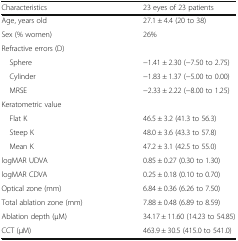
<table><thead><tr><td><b>Characteristics</b></td><td><b>23 eyes of 23 patients</b></td></tr></thead><tbody><tr><td>Age, years old</td><td>27.1 ± 4.4 (20 to 38)</td></tr><tr><td>Sex (% women)</td><td>26%</td></tr><tr><td>Refractive errors (D)</td><td></td></tr><tr><td> Sphere</td><td>−1.41 ± 2.30 (−7.50 to 2.75)</td></tr><tr><td> Cylinder</td><td>−1.83 ± 1.37 (−5.00 to 0.00)</td></tr><tr><td> MRSE</td><td>−2.33 ± 2.22 (−8.00 to 1.25)</td></tr><tr><td>Keratometric value</td><td></td></tr><tr><td> Flat K</td><td>46.5 ± 3.2 (41.3 to 56.3)</td></tr><tr><td> Steep K</td><td>48.0 ± 3.6 (43.3 to 57.8)</td></tr><tr><td> Mean K</td><td>47.2 ± 3.1 (42.5 to 55.0)</td></tr><tr><td>logMAR UDVA</td><td>0.85 ± 0.27 (0.30 to 1.30)</td></tr><tr><td>logMAR CDVA</td><td>0.25 ± 0.18 (0.10 to 0.70)</td></tr><tr><td>Optical zone (mm)</td><td>6.84 ± 0.36 (6.26 to 7.50)</td></tr><tr><td>Total ablation zone (mm)</td><td>7.88 ± 0.48 (6.89 to 8.59)</td></tr><tr><td>Ablation depth (μM)</td><td>34.17 ± 11.60 (14.23 to 54.85)</td></tr><tr><td>CCT (μM)</td><td>463.9 ± 30.5 (415.0 to 541.0)</td></tr></tbody></table>